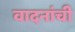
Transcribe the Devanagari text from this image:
वादनांची